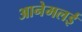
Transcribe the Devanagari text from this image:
आनेमलई